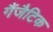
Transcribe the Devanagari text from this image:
गैंजैटिक